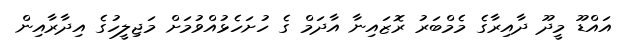
އައްޑޫ މީދޫ ދާއިރާގެ މެމްބަރު ރޮޒައިނާ އާދަމް ގެ ހުށަހެޅުއްވުމަށް މަޖިލީހުގެ އިދާރާއިން